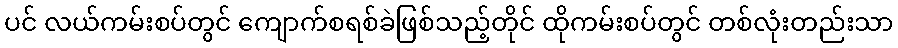
ပင် လယ်ကမ်းစပ်တွင် ကျောက်စရစ်ခဲဖြစ်သည့်တိုင် ထိုကမ်းစပ်တွင် တစ်လုံးတည်းသာ